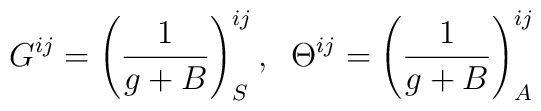
G^{ij}=\left({1\over g+B}\right)_S^{ij},\;\;\Theta^{ij}=\left({1\over g+B}\right)^{ij}_A